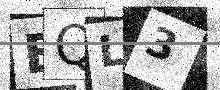
Text: EQL3